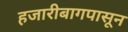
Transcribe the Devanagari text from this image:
हजारीबागपासून